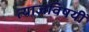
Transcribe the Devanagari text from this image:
त्याजविषयीं